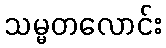
သမ္မတလောင်း